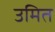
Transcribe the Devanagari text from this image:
उमित